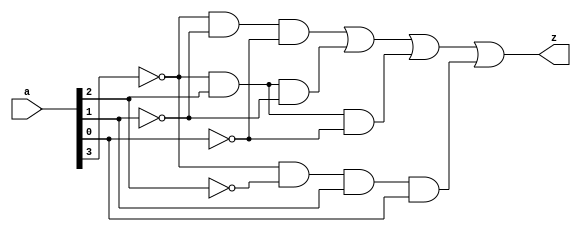
// sum(0, 3, 4, 5, 6)

module g02_e09 (
    input wire [3:0] a,
    output wire z
    );

assign z =
            (~a[3] & ~a[1] & ~a[0]) |
            (~a[3] &  a[2] & ~a[1]) |
            (~a[3] &  a[2] & ~a[0]) |
            (~a[3] & ~a[2] & a[1] & a[0]);
    
endmodule